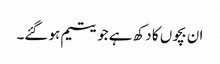
ان بچوں کا دکھ ہے جو یتیم ہو گئے۔